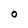
Character: O